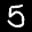
Label: 5